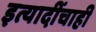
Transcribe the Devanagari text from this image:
इत्यादींचाही